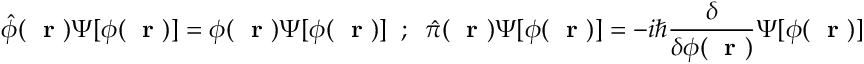
\hat { \phi } ( \mathrm { ~ \bf ~ r ~ } ) \Psi [ \phi ( \mathrm { ~ \bf ~ r ~ } ) ] = \phi ( \mathrm { ~ \bf ~ r ~ } ) \Psi [ \phi ( \mathrm { ~ \bf ~ r ~ } ) ] \; \; ; \; \; \hat { \pi } ( \mathrm { ~ \bf ~ r ~ } ) \Psi [ \phi ( \mathrm { ~ \bf ~ r ~ } ) ] = - i \hbar \frac { \delta } { \delta \phi ( \mathrm { ~ \bf ~ r ~ } ) } \Psi [ \phi ( \mathrm { ~ \bf ~ r ~ } ) ] \; .